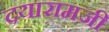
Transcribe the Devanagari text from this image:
दयारामजी